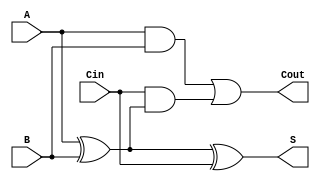
module full_adder (
    input wire A,      // First binary input
    input wire B,      // Second binary input
    input wire Cin,    // Carry input
    output wire S,     // Sum output
    output wire Cout    // Carry output
);

// Internal signals for intermediate calculations
wire A_xor_B;

// Calculate the sum (S)
assign A_xor_B = A ^ B; // A XOR B
assign S = A_xor_B ^ Cin; // S = (A XOR B) XOR Cin

// Calculate the carry-out (Cout)
assign Cout = (A & B) | (Cin & A_xor_B); // Cout = (A AND B) OR (Cin AND (A XOR B))

endmodule